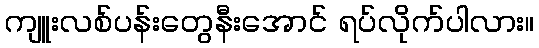
ကျူးလစ်ပန်းတွေနီးအောင် ရပ်လိုက်ပါလား။